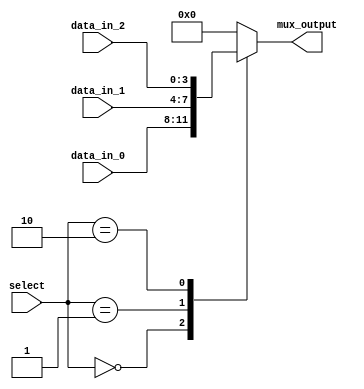
module mux_behavioral (
    input wire [1:0] select,
    input wire [3:0] data_in_0,
    input wire [3:0] data_in_1,
    input wire [3:0] data_in_2,
    output reg [3:0] mux_output
);

always @(*) begin
    case (select)
        2'b00: mux_output = data_in_0;
        2'b01: mux_output = data_in_1;
        2'b10: mux_output = data_in_2;
        default: mux_output = 4'b0000; // Default value when select value is not specified
    endcase
end

endmodule